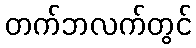
တက်ဘလက်တွင်